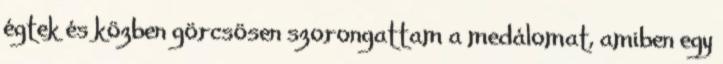
égtek és közben görcsösen szorongattam a medálomat, amiben egy